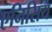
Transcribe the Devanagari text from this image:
एनिसिय